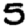
Digit: 5